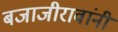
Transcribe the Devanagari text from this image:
बजाजीरावांनी